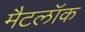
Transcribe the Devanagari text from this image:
मैटलॉक